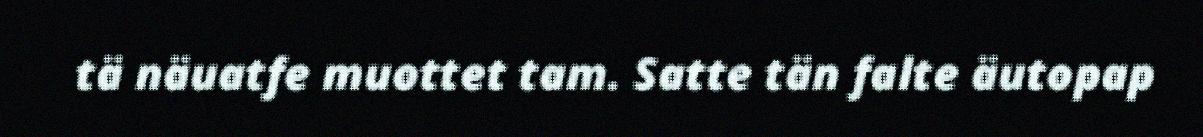
tä näuatfe muottet tam. Satte tän falte äutopap